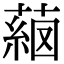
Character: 𦸖